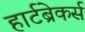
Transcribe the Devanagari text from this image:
हार्टब्रेकर्स